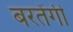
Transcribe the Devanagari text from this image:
बरतेंगी